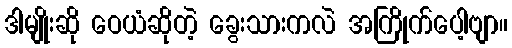
ဒါမျိုးဆို ဝေယံဆိုတဲ့ ခွေးသားကလဲ အကြိုက်ပေါ့ဗျာ။